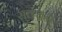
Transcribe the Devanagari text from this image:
सुवचन